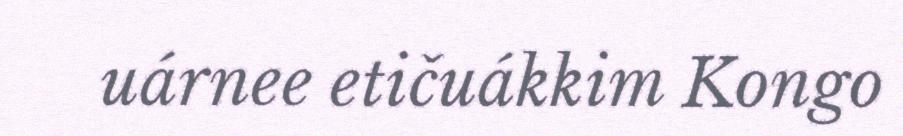
uárnee etičuákkim Kongo